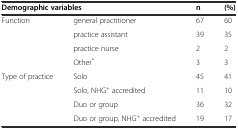
| <COLSPAN=2> Demographic variables | n | (%) |
 | --- | --- | --- | --- |
 | Function | general practitioner | 67 | 60 |
 |  | practice assistant | 39 | 35 |
 |  | practice nurse | 2 | 2 |
 |  | Other* | 3 | 3 |
 | Type of practice | Solo | 45 | 41 |
 |  | Solo, NHG+ accredited | 11 | 10 |
 |  | Duo or group | 36 | 32 |
 |  | Duo or group, NHG+ accredited | 19 | 17 |